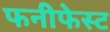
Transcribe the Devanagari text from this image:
फनीफेस्ट